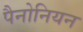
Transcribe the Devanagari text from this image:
पैनोनियन